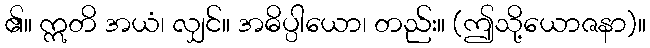
၏။ ဣတိ အယံ၊ လျှင်။ အဓိပ္ပါယော၊ တည်း။ (ဤသို့ယောဇနာ)။